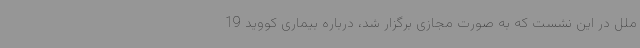
ملل در این نشست که به صورت مجازی برگزار شد، درباره بیماری کووید 19